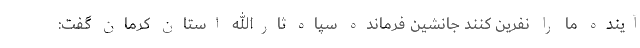
آینده ما را نفرین کنند جانشین فرمانده سپاه ثارالله استان کرمان گفت: